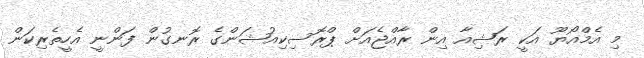
މި އެމްއޯޔޫ އަކީ ރަޝިއާ އިން ރާއްޖެއަށް ޕްރޮސިކިއުޝަންގެ ރޮނގުން ފަންނީ އެހީތެރިކަން